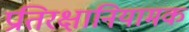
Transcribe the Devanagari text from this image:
प्रतिरक्षानियामक